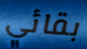
بقائي